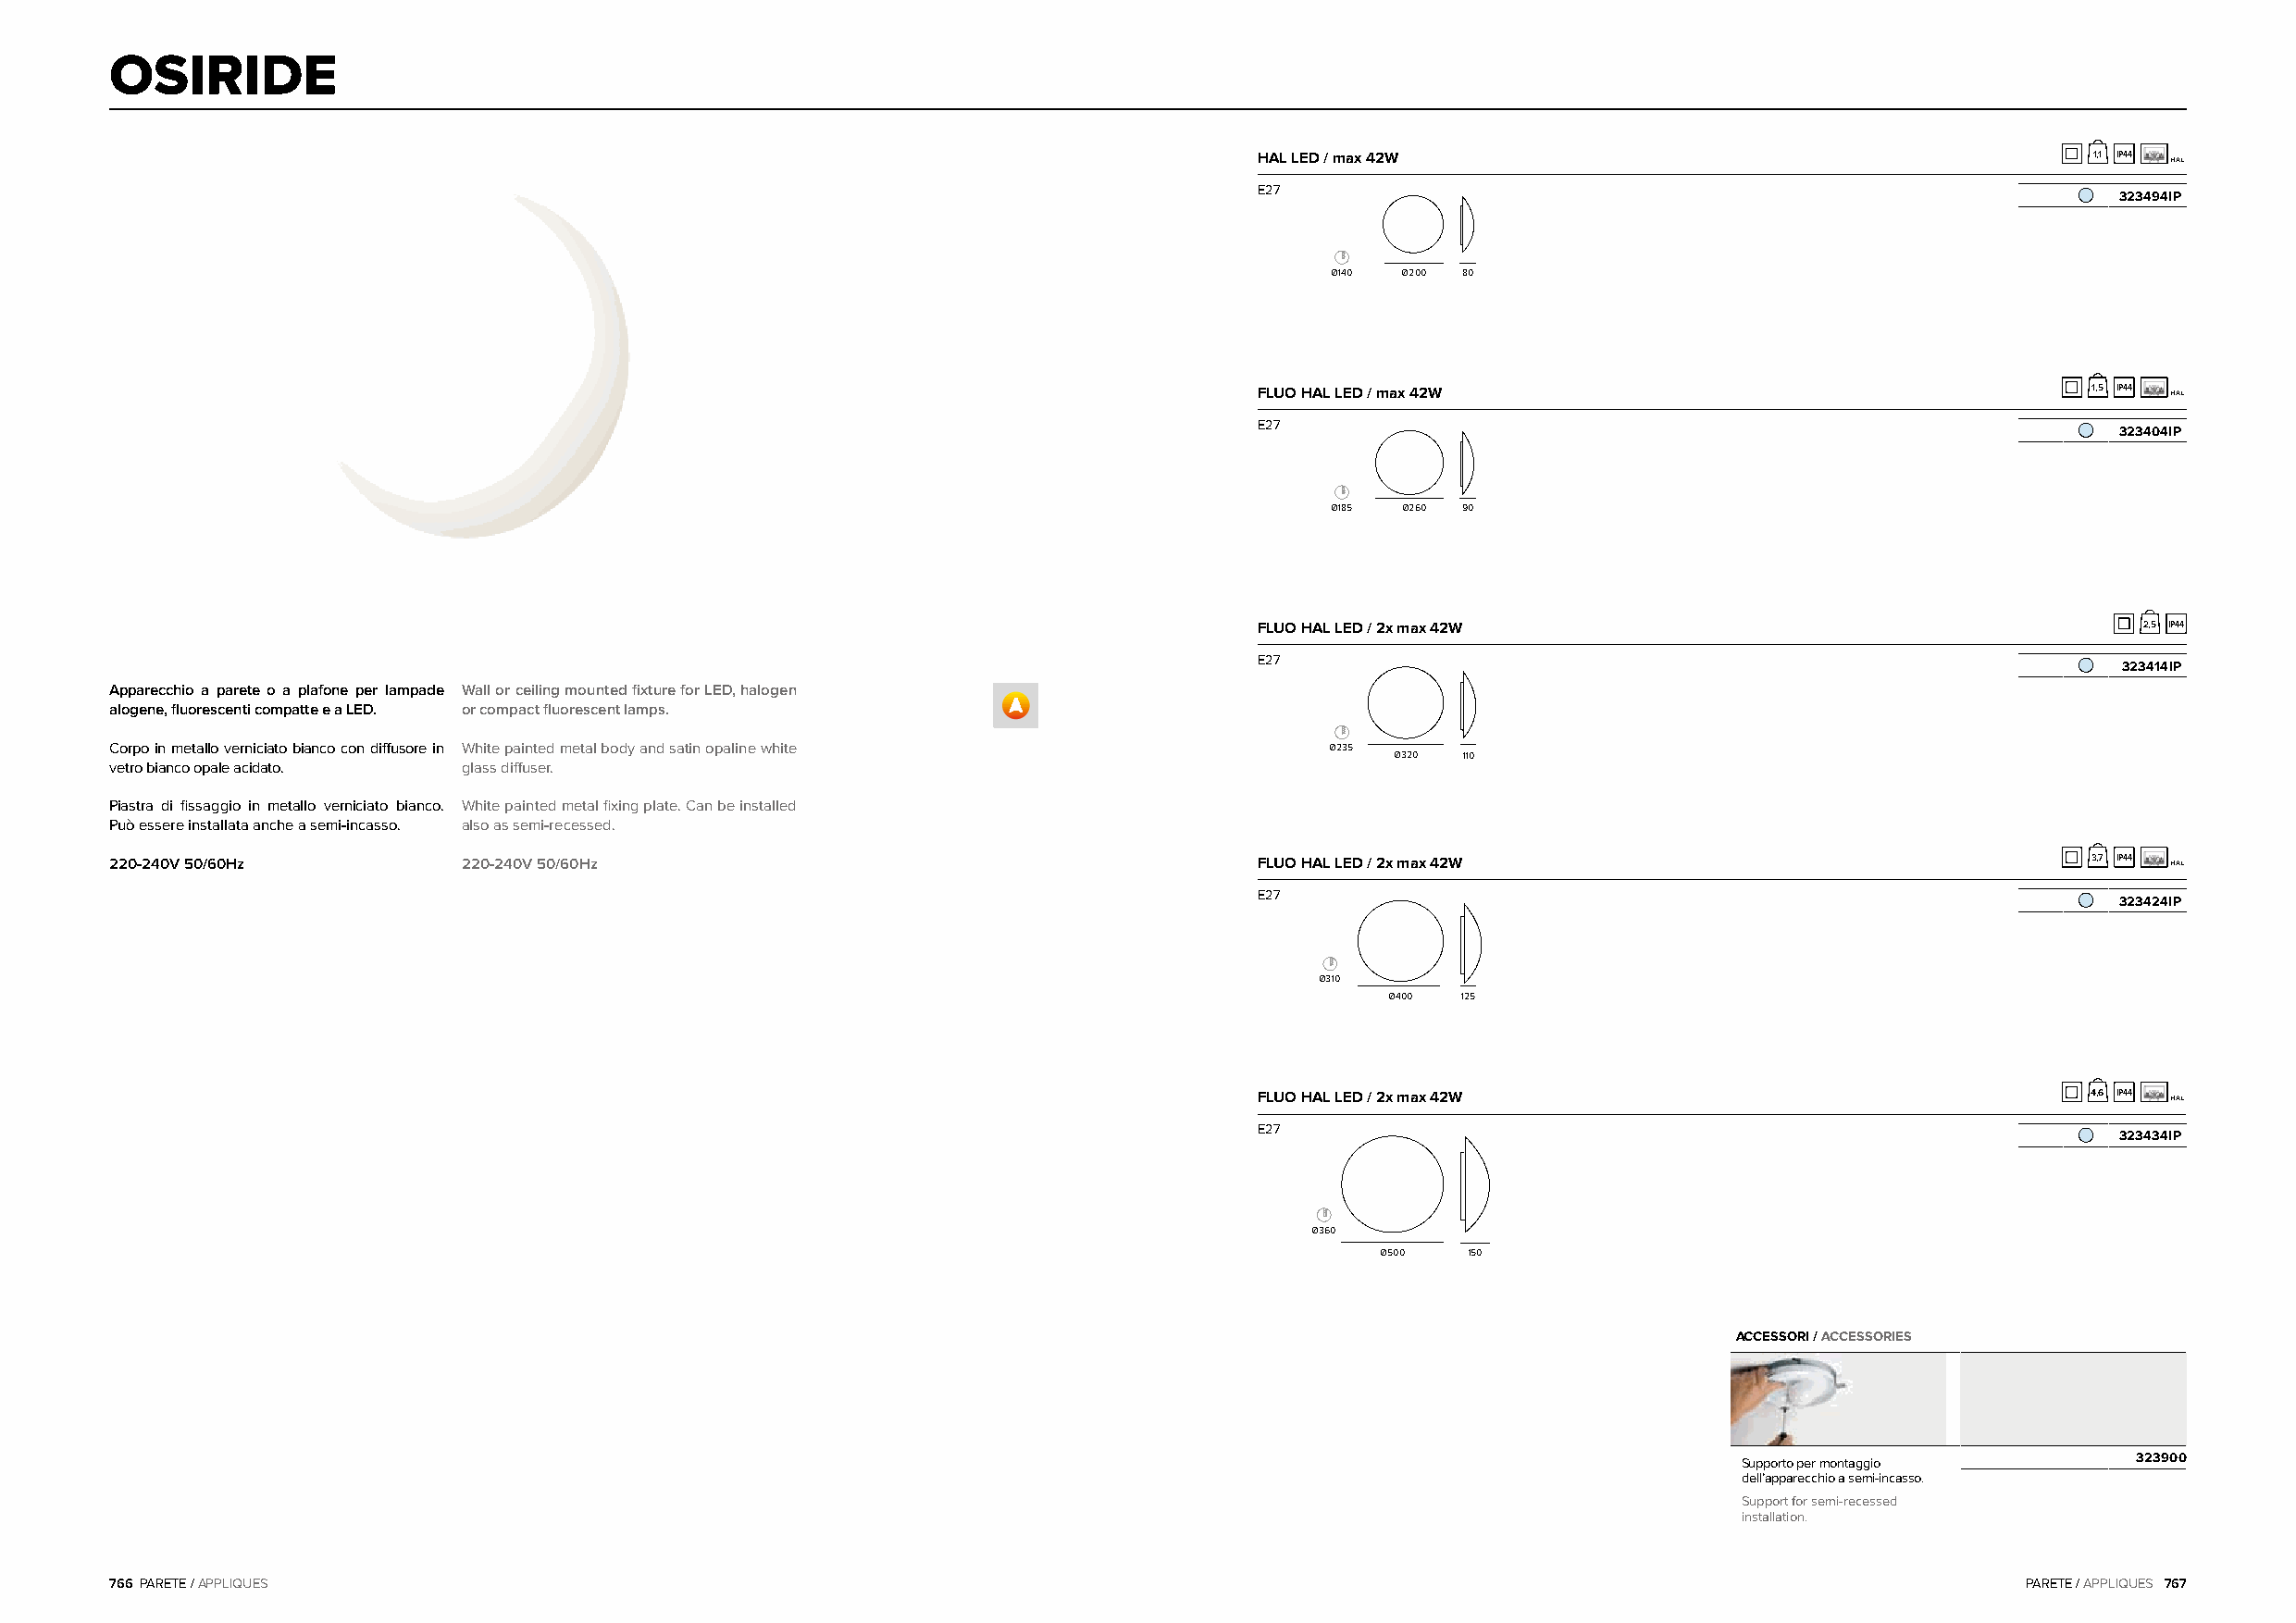
OSIRIDE
 HAL LED / max 42W                                           1,1 IP44 HAL
 E27
 323494IP
 Ø140 Ø200 80
 FLUO HAL LED / max 42W                                      1,5 IP44 HAL
 E27
 323404IP
 Ø185 Ø260 90
 FLUO HAL LED / 2x max 42W                                      2,5 IP44
 E27
 323414IP
 Apparecchio a parete o a plafone per lampade Wall or ceiling mounted fixture for LED, halogen
 alogene, fluorescenti compatte e a LED. or compact fluorescent lamps.
 Corpo in metallo verniciato bianco con diffusore in White painted metal body and satin opaline white Ø235
 Ø320 110
 vetro bianco opale acidato. glass diffuser.
 Piastra di fissaggio in metallo verniciato bianco. White painted metal fixing plate. Can be installed
 Può essere installata anche a semi-incasso. also as semi-recessed.
 220-240V 50/60Hz         220-240V 50/60Hz                                         FLUO HAL LED / 2x max 42W                                   3,7 IP44 HAL
 E27
 323424IP
 Ø310
 Ø400 125
 FLUO HAL LED / 2x max 42W                                   4,6 IP44 HAL
 E27
 323434IP
 Ø360
 Ø500  150
 ACCESSORI / ACCESSORIES
 Supporto per montaggio      323900
 dell’apparecchio a semi-incasso.
 Support for semi-recessed
 installation.
 766 PARETE / APPLIQUES                                                                                                                   PARETE / APPLIQUES 767